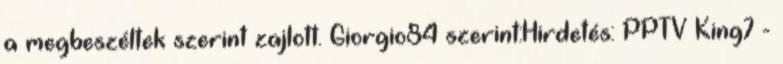
a megbeszéltek szerint zajlott. Giorgio84 szerint:Hirdetés: PPTV King7 -